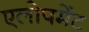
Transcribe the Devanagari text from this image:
एलोपमेंट